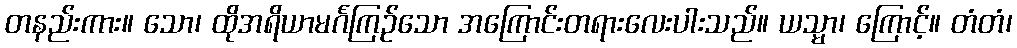
တနည်းကား။ သော၊ ထိုအရိယာမင်္ဂကြဉ်သော အကြောင်းတရားလေးပါးသည်။ ယသ္မာ၊ ကြောင့်။ တံတံ၊